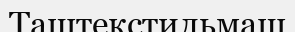
Таштекстильмаш